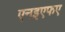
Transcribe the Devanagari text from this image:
एनइएफए